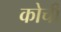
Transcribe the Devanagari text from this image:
कोर्ची